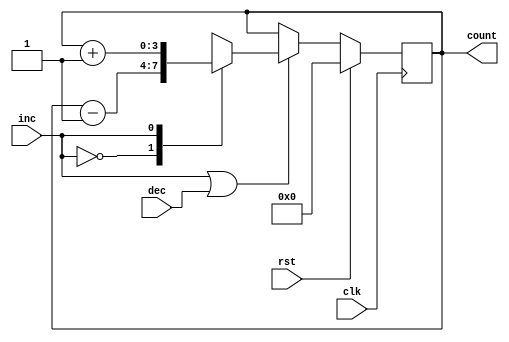
module counter (
    input clk,
    input rst,
    input inc,
    input dec,
    output reg [3:0] count
);

reg        enable;
reg [3:0] mux_out;

always @ (*)
    enable = inc | dec;

always @ (*)
    begin
 
      case (inc)
        1'b0: mux_out = count - 1;
        1'b1: mux_out = count + 1;
      endcase

    end

always @ (posedge clk)
    if (rst)
        count <= #1 0;
    else if (enable)
        count <= #1 mux_out;

endmodule